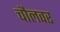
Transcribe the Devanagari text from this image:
चौलवर